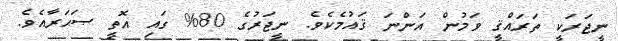
ނީޖަރަކީ ތަރައްޤީ ވަމުން އަންނަ ޤައުމެކެވެ. ނީޖަރުގެ 80% ގައި އޮތީ ޞަޙަރާއެވެ.